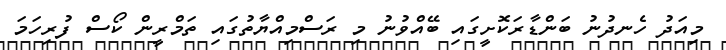
މިއަދު ހެނދުނު ބަންޑާރަކޮށީގައި ބޭއްވުނު މި ރަސްމިއްޔާތުގައި ތަމްރީން ކޯސް ފުރިހަމަ